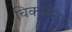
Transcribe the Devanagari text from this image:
चिकायेना